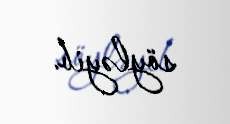
söyləyib.